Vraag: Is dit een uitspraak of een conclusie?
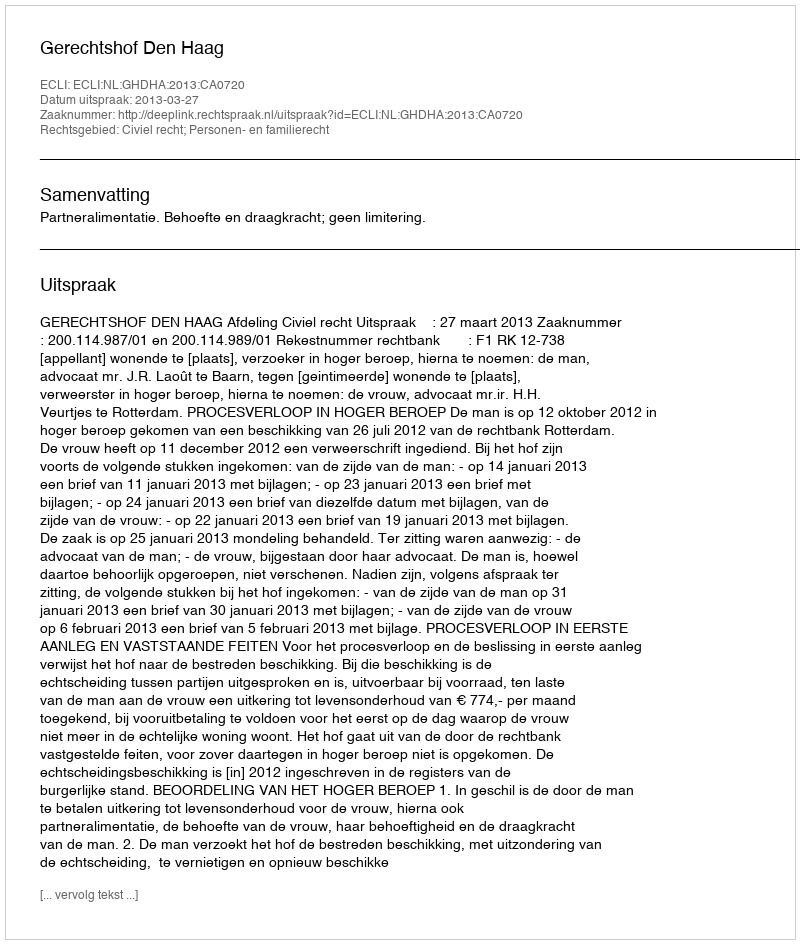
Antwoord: Uitspraak